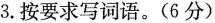
3.按要求写词语。(6分)